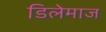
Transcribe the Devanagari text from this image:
डिलेमाज